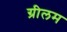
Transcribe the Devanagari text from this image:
ग्रीलम